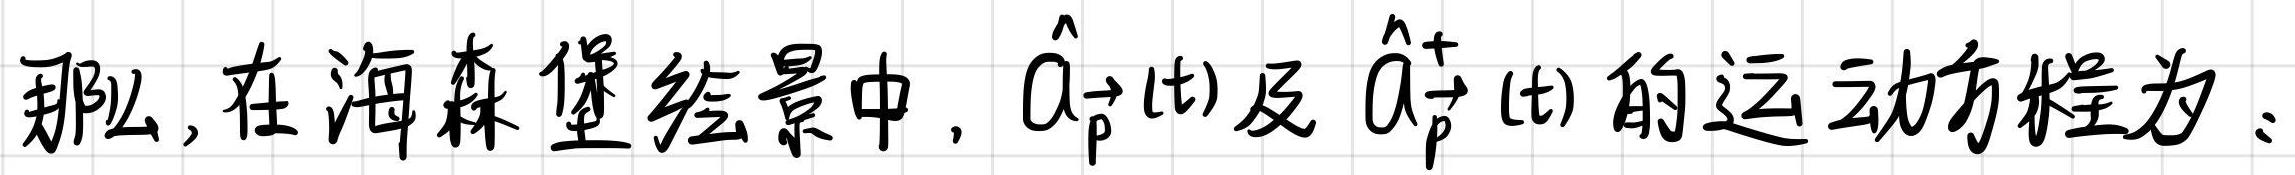
那么,在海森堡绘景中, $\hat{a}_{\vec{p}}(t)$ 及 $\hat{a}_{\vec{p}}^{\dagger}(t)$ 的运动方程为: